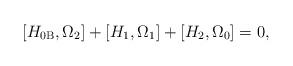
LaTeX: \begin{align*}\left[ H_{0\mathrm{B}},\Omega _{2}\right] +\left[ H_{1},\Omega _{1}\right]+\left[ H_{2},\Omega _{0}\right] =0, \end{align*}